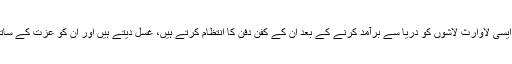
معراج محمد ایسی لاوارث لاشوں کو دریا سے برآمد کرنے کے بعد ان کے کفن دفن کا انتظام کرتے ہیں، غسل دیتے ہیں اور ان کو عزت کے ساتھ دفناتے ہیں۔